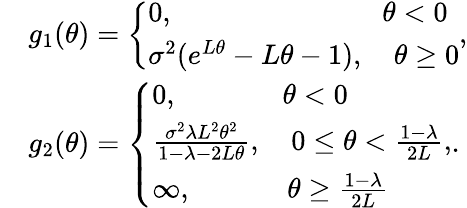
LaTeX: \begin{array}{rl}&{g_{1}(\theta)=\left\{ \begin{array}{ll}{0,\qquad\qquad\qquad\quad\, \, \theta<0}\\ {\sigma^{2}(e^{L\theta}-L\theta-1),\quad\theta\geq 0}\end{array}\right.,}\\ &{g_{2}(\theta)=\left\{ \begin{array}{ll}{0,\qquad\quad\, \, \, \, \theta<0}\\ {\frac{\sigma^{2}\lambda L^{2}\theta^{2}}{1-\lambda-2L\theta},\quad 0\leq\theta<\frac{1-\lambda}{2L},}\\ {\infty,\qquad\quad\, \, \theta\geq\frac{1-\lambda}{2L}}\end{array}\right..}\end{array}